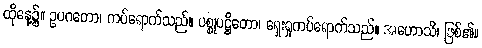
ထိုနေ့၌။ ဥပဂတော၊ ကပ်ရောက်သည်။ ပစ္စုပဋ္ဌိတော၊ ရှေးရှုကပ်ရောက်သည်။ အဟောသိ၊ ဖြစ်၏။